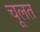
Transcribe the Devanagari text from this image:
चूलत